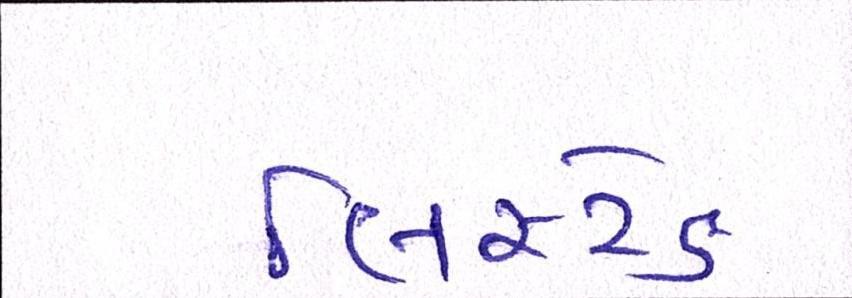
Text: લિસ્ટેડ